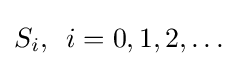
S_{i},\,\,\,i=0,1,2,\dots